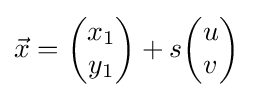
{\textstyle {\vec {x}}={\begin{pmatrix}x_{1}\\y_{1}\end{pmatrix}}+s{\begin{pmatrix}u\\v\end{pmatrix}}}